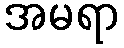
အမရာ